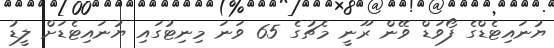
ޔުނައިޓެޑްގެ ފޯވަޑް ވޭން ރޫނީ މެޗުގެ 65 ވަނަ މިނިޓުގައި ޔުނައިޓެޑަށް ލީޑު